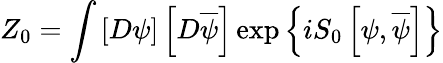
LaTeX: Z_{0}=\int\left[D\psi\right]\left[D\overline{{{\psi}}}\right]\exp\left\{ iS_{0}\left[\psi,\overline{{{\psi}}}\right]\right\}